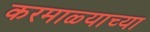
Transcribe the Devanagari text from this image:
करमाळ्याच्या